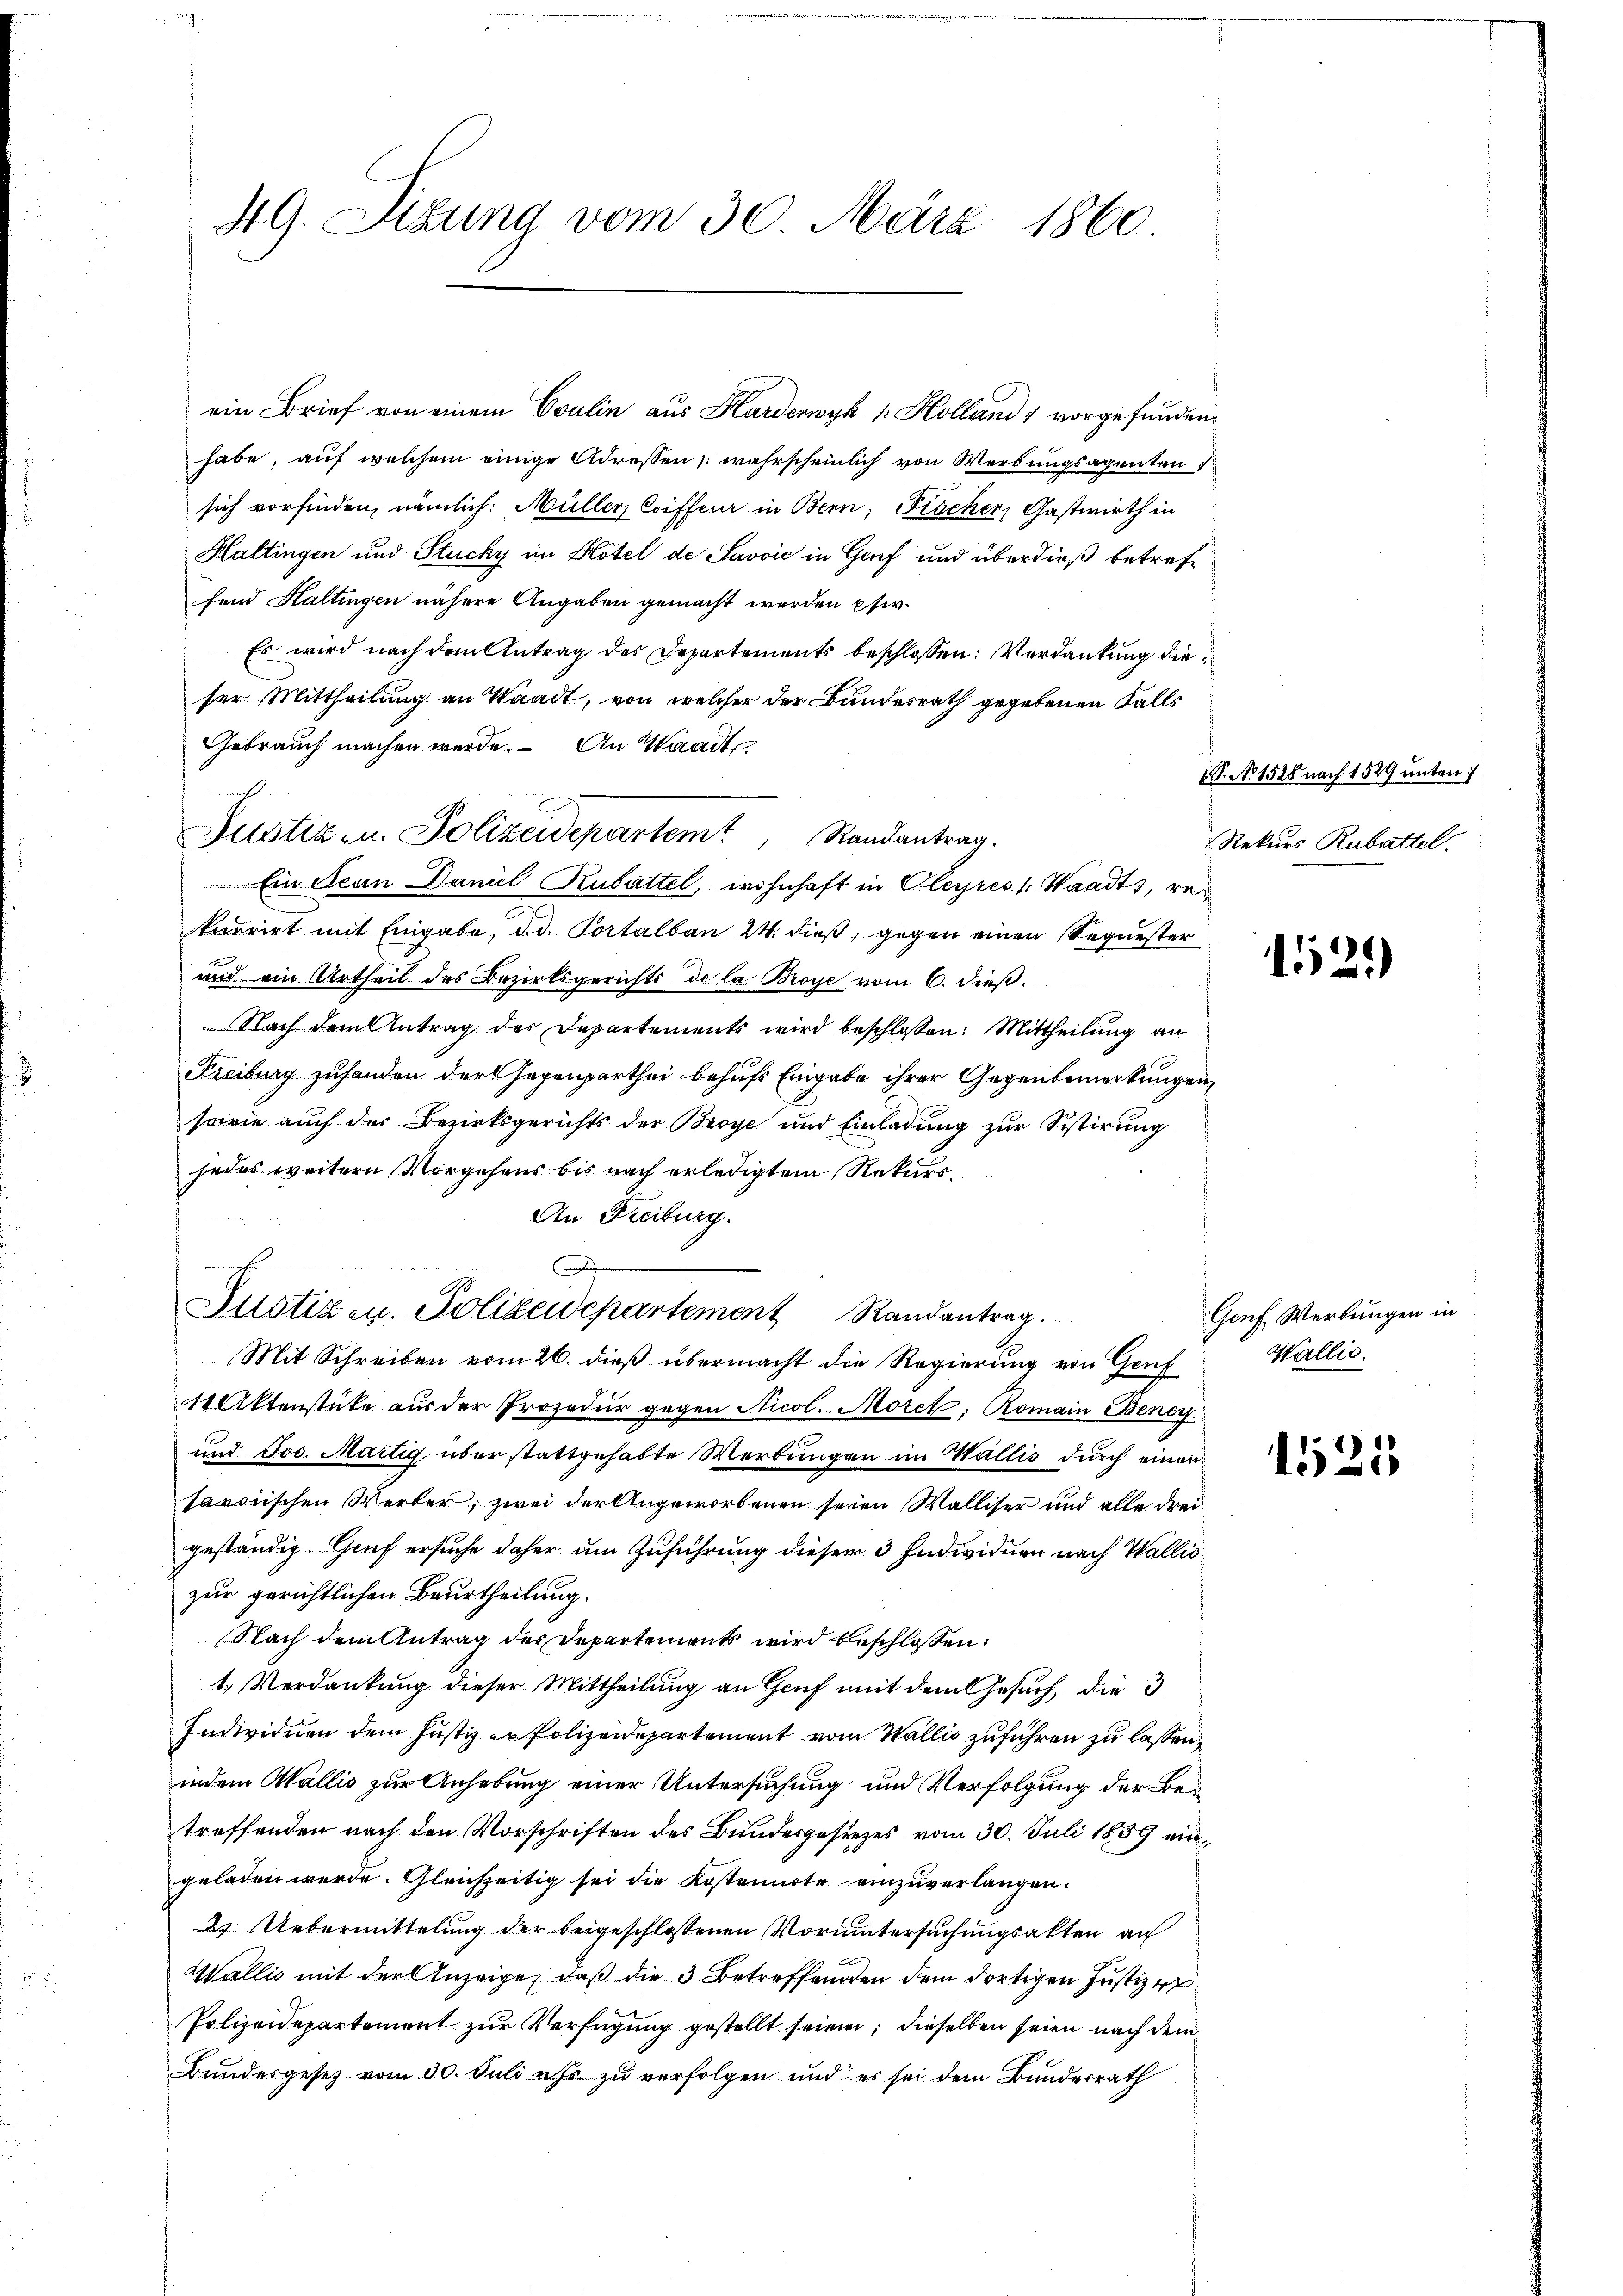
49. Sizung vom 30. März 1860

ein Brief von einem Coulin aus Harderwyk / Kolland 1 vorgefunden.
habe, auf welchem einige Adressen, wahrscheinlich von Werbungsagenten
sich vorfinden, nämlich: Müller, Coiffeur in Bern; Fröcher, Gastwirth in
Haltingen und Stucky im Hotel de Savvić in Genf und überdieß betreffend Haltingen nähere Angaben gemacht werden pfir¬
Es wird nach dem Antrag des Departements beschlossen: Verdankung dieser Mittheilung an Waadt, von welcher der Bundesrath gegebenen Falls
Gebrauch machen werde. An Waadt
kurrirt mit Eingabe, d. d. Portalban 24. dieß, gegen einen Sequester
und ein Urtheil des Bezirksgerichts de la Broye vom 6. dieß.
Nach dem Antrag des Departements wird beschlossen: Mittheilung an
Freiburg zuhanden der Gegenparthei behufs Eingabe ihrer Gegenbemerkungen
sowie auch der Bezirksgerichts der Broye und Einladung zur Sistirung
jedes weitern Vorgehens bis nach erledigtem Rekurs¬
An Freiburg.

Justiz- u. Polizeidepartement Randantrag.
Mit Schreiben vom 26. dieß übermacht die Regierung von Genf
11 Aktenstüke aus der Prozedur gegen Nicol. Morel, Romain Beney
und Jos. Martig über stattgehabte Werbungen im Wallis durch einen
tardischen Werker, zwei der Angeworbenen seien Walliser und alle dreigeständig. Genf ersuche daher um Zuführung dieser 3 Individuen nach Walliszur gerichtlichen Beurtheilung.
Nach dem Antrag des Departements wird beschlossen:
t. Verdankung dieser Mittheilung an Genf mit dem Gesuch, die 3
Individuen dem Justiz - Polizeidepartement vom Wallis zuführen zu lassen,
indem Wallis zur Anhebung einer Untersuchung und Verfolgung der Betreffenden nach den Vorschriften des Bundesgesezes vom 30. Juli 1859 eingeladen werde. Gleichzeitig sei die Kostenirte einzuverlangen.
2. Uebermittelung der beigeschlossenen Voruntersuchungsakten au
C
Wallis mit der Anzeige, daß die 3 Betreffenden dem dortigen Justiz z
Polizeidepartement zur Verfügung gestellt seien; dieselben seien nach dem
Bundesgesetz vom 30. Juli v. Js. zu verfolgen und es sei dem Bundesrath

Justiz- u. Polizeidepartem Randantrag.
Ein Jean Daniel Rubattel, wohnhaft in Oleyres 1. Waadt, re¬

V. No 1528 nach 1529 unten:
Rekurs Rubattel.

529)

Geuf Werkungen in
Wallis.

1525